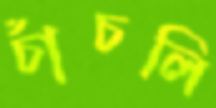
চাঁচলি